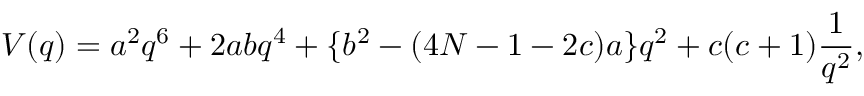
V ( q ) = a ^ { 2 } q ^ { 6 } + 2 a b q ^ { 4 } + \{ b ^ { 2 } - ( 4 { \cal N } - 1 - 2 c ) a \} q ^ { 2 } + c ( c + 1 ) \frac { 1 } { q ^ { 2 } } ,